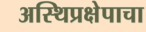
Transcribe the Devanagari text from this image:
अस्थिप्रक्षेपाचा